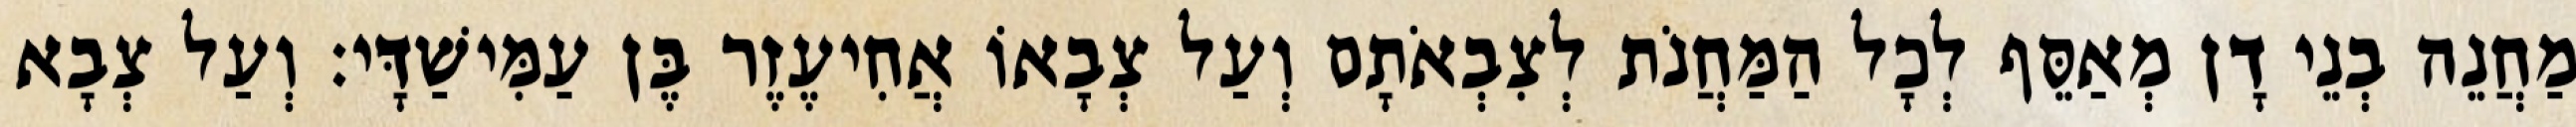
מַחֲנֵה בְנֵי דָן מְאַסֵּף לְכָל הַמַּחֲנֹת לְצִבְאֹתָם וְעַל צְבָאוֹ אֲחִיעֶזֶר בֶּן עַמִּישַׁדָּי׃ וְעַל צְבָא